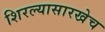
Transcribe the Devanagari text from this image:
शिरल्यासारखेच